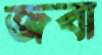
জবা